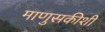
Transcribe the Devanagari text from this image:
माणुसकीशी